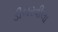
ડીબરવીલા